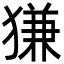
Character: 㺌